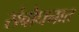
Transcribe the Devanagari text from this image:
संबोधनात